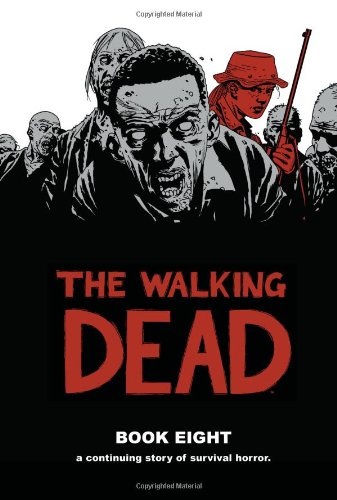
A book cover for The Walking Dead Book 8 HC; Robert Kirkman; Comics & Graphic Novels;